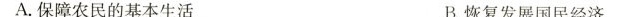
A.保障农民的基本生活 B.恢复发展国民经济